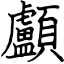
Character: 顱